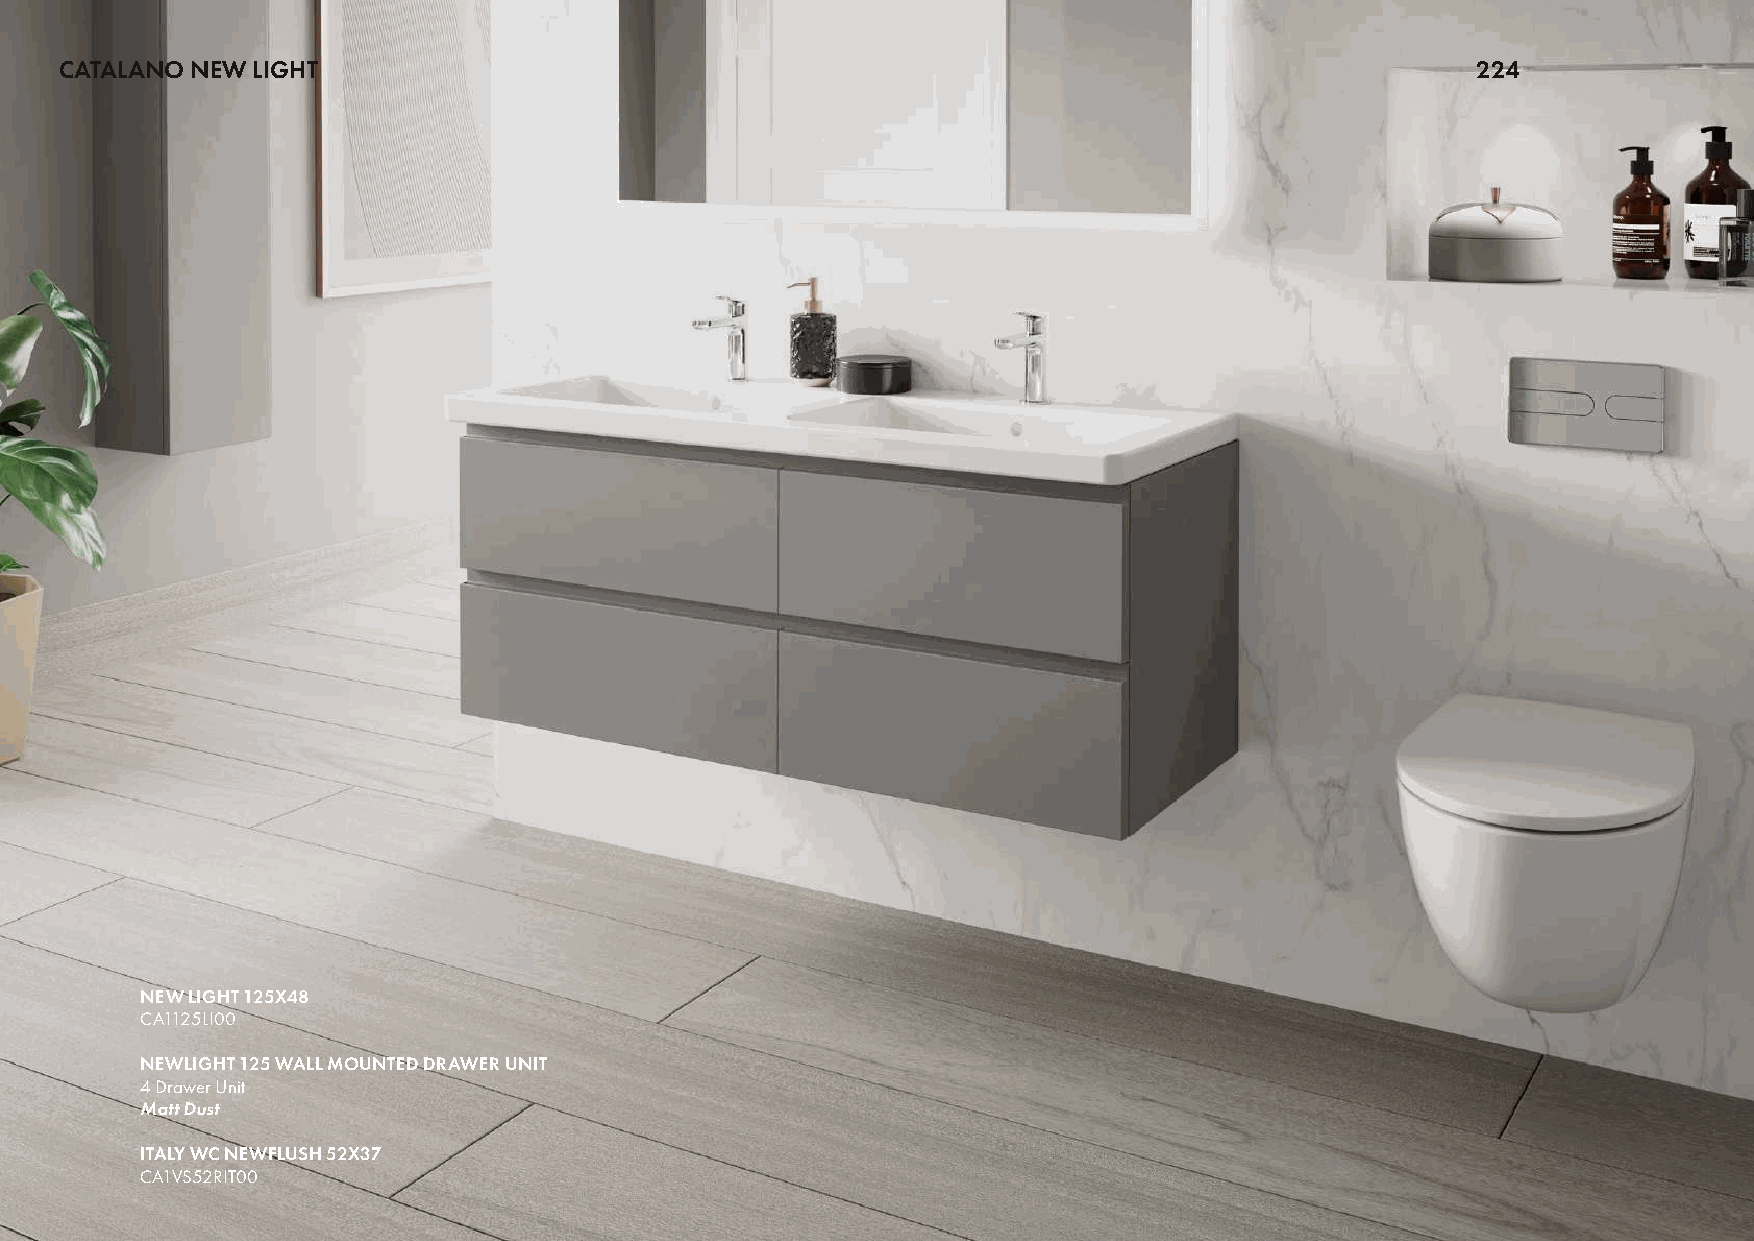
CATALANO NEW LIGHT                                                                            224
 NEW LIGHT 125X48
 CA1125LI00
 NEWLIGHT 125 WALL MOUNTED DRAWER UNIT
 4 Drawer Unit
 Matt Dust
 ITALY WC NEWFLUSH 52X37
 CA1VS52RIT00